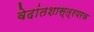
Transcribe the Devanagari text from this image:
वेदांतशास्त्रपरक